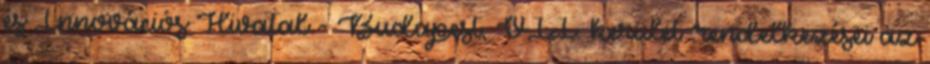
és Innovációs Hivatal - Budapest, VII. kerület .rendelkezései az